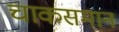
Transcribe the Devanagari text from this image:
चाकसमान